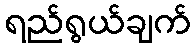
ရည်ရွယ်ချက်